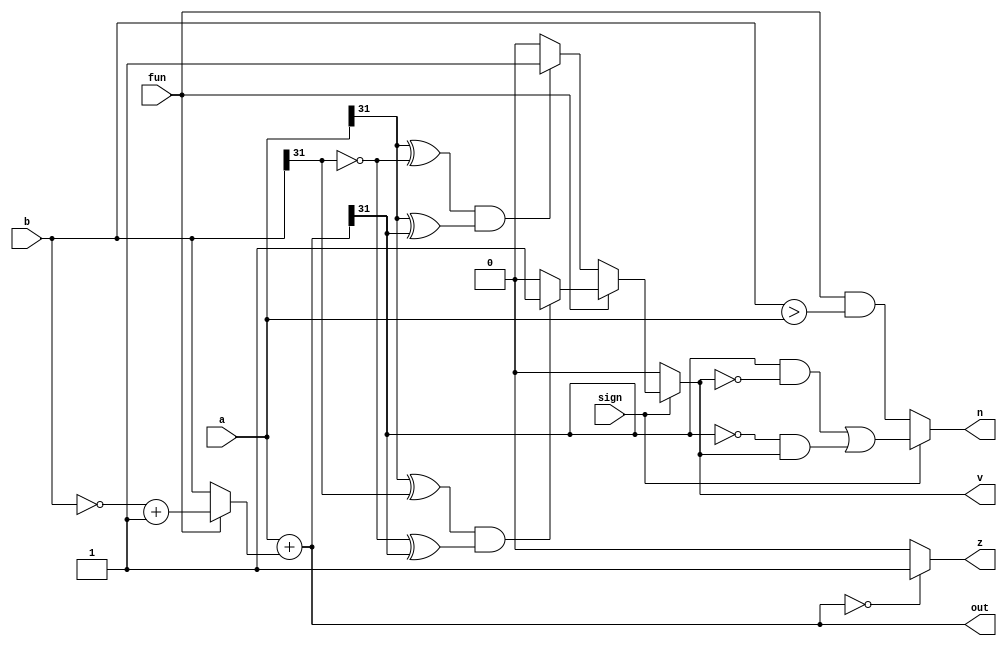
module anotheradder(a,b,fun,z,v,n,sign,out);
  input [31:0] a,b;
  input fun,sign;
  output reg z,v,n;
  output wire [31:0] out;
  wire [31:0] b_use;
  
  assign b_use[31:0] = (fun)?((~b[31:0])+1):b[31:0];
  
  assign out = a+b_use;
  
  always@(*) begin
    if (out == 0)
      z = 1;
    else
      z = 0;
  //end
  
  //always@(*) begin
    if(sign == 0)
      v = 0;
    else begin
      if(fun==0) 
        v = ((a[31]^(~b[31]))&(a[31]^out[31]))?1'b1:1'b0;
      else
        v = ((a[31]^b[31])&((~b[31])^out[31]))?1'b1:1'b0;
    end
  //end
  
  //always@(*) begin
    if(sign == 1)
      n=(out[31]&~v)|(~out[31]&v);
    else
      n=fun&(b>a);
  end
endmodule




module onebitadder(a , b , binvert , carryin , carryout , result);
  input a,b,carryin,binvert;
  output wire carryout,result;
  reg [1:0] temp;
  wire b_use;
  
  assign b_use = binvert?(~b):b; 
  
  always@(*) begin
    temp = a+b_use+carryin;
  end
  
  assign carryout = temp[1];
  assign result = temp[0];
  
endmodule

module fourbitadder(a , b , carryin , binvert , carryout , result);
  input [3:0] a,b;
  input binvert , carryin;
  output wire carryout ;
  output wire [3:0] result;
  wire [3:0] G,P,C;
  wire [3:0] temp;
  wire [3:0] b_use;
  
  assign b_use = binvert?(~b):b;
  
  assign G[0]=a[0]&b_use[0];
  assign G[1]=a[1]&b_use[1];
  assign G[2]=a[2]&b_use[2];
  assign G[3]=a[3]&b_use[3];
 
  assign P[0]=a[0]^b_use[0];
  assign P[1]=a[1]^b_use[1];
  assign P[2]=a[2]^b_use[2];
  assign P[3]=a[3]^b_use[3];
  
  assign C[1]=G[0]|(P[0]&carryin);
  assign C[2]=G[1]|(P[1]&G[0])|(P[1]&P[0]&carryin);
  assign C[3]=G[2]|(G[1]&P[2])|(P[2]&P[1]&G[0])|(P[2]&P[1]&P[0]&carryin);
  assign carryout=G[3]|(P[3]&G[2])|(P[3]&P[2]&G[1])|(P[3]&P[2]&P[1]&G[0])|(P[3]&P[2]&P[1]&P[0]&carryin);
  
  onebitadder u1(a[0],b[0],binvert,carryin,temp[0],result[0]);
  onebitadder u2(a[1],b[1],binvert,C[1],temp[1],result[1]);
  onebitadder u3(a[2],b[2],binvert,C[2],temp[2],result[2]);
  onebitadder u4(a[3],b[3],binvert,C[3],temp[3],result[3]);
  
endmodule

module adder(a , b , fun , sign , out , z , n , v);
  input [31:0] a,b;
  input fun;
  input sign;
  output wire [31:0] out;
  output reg z,n,v;
  wire carryin , binvert;
  wire [7:0] carry;
  
  assign binvert=fun?1:0;
  assign carryin=fun;
  
  fourbitadder u1(a[3:0],b[3:0],carryin,binvert,carry[0],out[3:0]);
  fourbitadder u2(a[7:4],b[7:4],carry[0],binvert,carry[1],out[7:4]);
  fourbitadder u3(a[11:8],b[11:8],carry[1],binvert,carry[2],out[11:8]);
  fourbitadder u4(a[15:12],b[15:12],carry[2],binvert,carry[3],out[15:12]);
  fourbitadder u5(a[19:16],b[19:16],carry[3],binvert,carry[4],out[19:16]);
  fourbitadder u6(a[23:20],b[23:20],carry[4],binvert,carry[5],out[23:20]);
  fourbitadder u7(a[27:24],b[27:24],carry[5],binvert,carry[6],out[27:24]);
  fourbitadder u8(a[31:28],b[31:28],carry[6],binvert,carry[7],out[31:28]);
  
  always@(*) begin
    if (out == 0)
      z = 1;
    else
      z = 0;
  //end
  
  //always@(*) begin
    if(sign == 0)
      v = 0;
    else begin
      if(fun==0) 
        v = ((a[31]^(~b[31]))&(a[31]^out[31]))?1:0;
      else
        v = ((a[31]^b[31])&((~b[31])^out[31]))?1:0;
    end
  //end
  
  //always@(*) begin
    if(sign == 1) begin
      if(out[31] == 0)
        n = v;
      if(out[31] == 1)
        n = (~v);
    end
    else
      n = 0;
  end
endmodule
  
  module cmp(z,v,n,fun,out,a);
    input z,n,v;
    input [31:0] a;
    input [2:0] fun;
    output reg [31:0] out;
    
    always@(*) begin
      if (fun == 3'b001)
        out = (z)?32'b1:32'b0;
      else if (fun == 3'b000)
        out = (z)?32'b0:32'b1;
      else if (fun == 3'b010)
        out = (n)?32'b1:32'b0;
      else if (fun == 3'b110)
        out = ((a==0)|(a[31]==1))?32'b1:32'b0;
      else if (fun == 3'b101)
        out = (a[31]==1)?32'b1:32'b0;
      else if (fun == 3'b111)
        out = ((a[31]==0)&(a!=0))?32'b1:32'b0;
      else
        out = 32'b0;
    end
  endmodule
  
  module mylogic(a,b,fun,out);
    input [31:0] a,b;
    input [3:0] fun;
    output reg [31:0] out;
    
    always@(*) begin
      if (fun == 4'b1000)
        out = a&b;
      else if (fun == 4'b1110)
        out = a|b;
      else if (fun == 4'b0110)
        out = a^b;
      else if (fun == 4'b0001)
        out = ~(a|b);
      else if (fun == 4'b1010)
        out = a;
      else
        out = 0;
    end
  endmodule
  
  module shift(a,b,fun,out);
    input [31:0] a,b;
    input [1:0] fun;
    output reg [31:0] out;
    reg [31:0] temp1,temp2;
    
    initial begin
      temp1 = 32'b11111111111111111111111111111111;
    end
    
    always@(*) begin
      if (fun == 2'b00)
        out = b<<a[4:0];
      else if(fun == 2'b01)
        out = b>>a[4:0];
      else if(fun == 2'b11) begin
        out = b>>a[4:0];
        if (b[31] == 1) begin
          temp2 = temp1<<1;
          if (a[0] == 0)
            temp2 = temp2<<1;
          if (a[1] == 0)
            temp2 = temp2<<2;
          if (a[2] == 0)
            temp2 = temp2<<4;
          if (a[3] == 0)
            temp2 = temp2<<8;
          if (a[4] == 0)
            temp2 = temp2<<16;
          out = out|temp2;
        end
      end
    end       
  endmodule
      
  module alu(a,b,fun,sign,zout);
    input [31:0] a,b;
    input [5:0] fun;
    input sign;
    output reg [31:0] zout;
    
    wire [31:0] temp1,temp2,temp3,temp4;
    wire z,v,n;
    
    //adder u1(a,b,fun[0],sign,temp1,z,v,n);
    anotheradder u1(a,b,fun[0],z,v,n,sign,temp1);
    cmp u2(z,v,n,fun[3:1],temp2,a);
    mylogic u3(a,b,fun[3:0],temp3);
    shift u4(a,b,fun[1:0],temp4);
    
    always@(*) begin
      if (fun[5:4] == 2'b00)
        zout <= temp1;
      else if (fun[5:4] == 2'b11)
        zout <= temp2;
      else if (fun[5:4] == 2'b01)
        zout <= temp3;
      else if (fun[5:4] == 2'b10)
        zout <= temp4;
    end
        
    
  endmodule